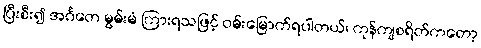
ပြီးစီး၍ အင်္ဂတေ မွမ်းမံ ကြားရသဖြင့် ဝမ်းမြောက်ရပါတယ်၊ ကုန်ကျစရိတ်ကတော့